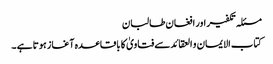
مسئلہ تکفیر اور افغان طالبان
کتاب الایمان و العقائدسے فتاویٰ کا باقاعدہ آغاز ہوتا ہے ۔